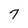
Character: 7